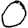
Digit: 0